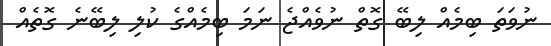
ނުވަތަ ބިމެއް ލިބޭ ގޮތް ނުވެއްޖެ ނަމަ ބިމެއްގެ ކުލި ލިބޭނެ ގޮތެއް